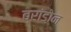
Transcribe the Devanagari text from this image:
ब्रांडोन